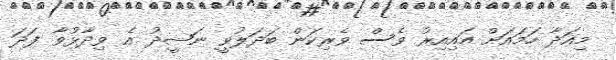
މިއަދާ ހަމައަށް އައިއިރު ވެސް ވެރިކަން ބަދަލުވީ ނަޝީދު އެ ވިދާޅުވާ ފަދަ